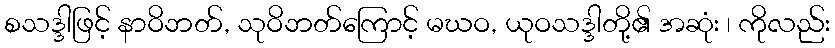
စသဒ္ဒါဖြင့် နာဝိဘတ်, သုဝိဘတ်ကြောင့် မဃဝ, ယုဝသဒ္ဒါတို့၏ အဆုံး ၊ ကိုလည်း